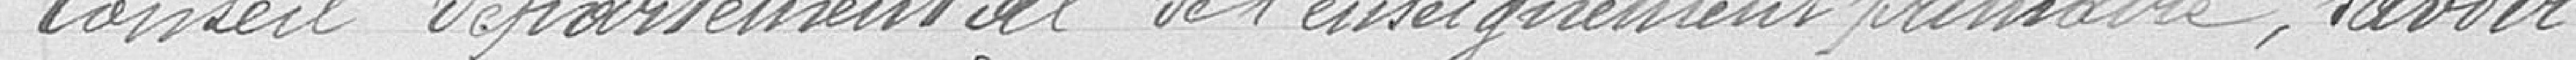
conseil départemental de l'enseignement primaire, savoir :